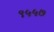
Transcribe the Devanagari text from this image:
९५५७